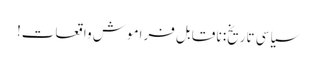
سیاسی تاریخ: نا قابل فراموش واقعات!